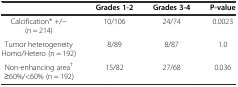
|  | Grades 1-2 | Grades 3-4 | P-value |
 | --- | --- | --- | --- |
 | Calcification* +/- (n = 214) | 10/106 | 24/74 | 0.0023 |
 | Tumor heterogeneity Homo/Hetero (n = 192) | 8/89 | 8/87 | 1.0 |
 | Non-enhancing area† ≥60%/<60% (n = 192) | 15/82 | 27/68 | 0.036 |